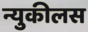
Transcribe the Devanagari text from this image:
न्युकीलस